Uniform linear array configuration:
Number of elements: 32
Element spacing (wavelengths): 0.75
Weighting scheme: blackman
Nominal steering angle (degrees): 0
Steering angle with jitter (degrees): -1.293
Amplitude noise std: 0.05
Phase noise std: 0.05

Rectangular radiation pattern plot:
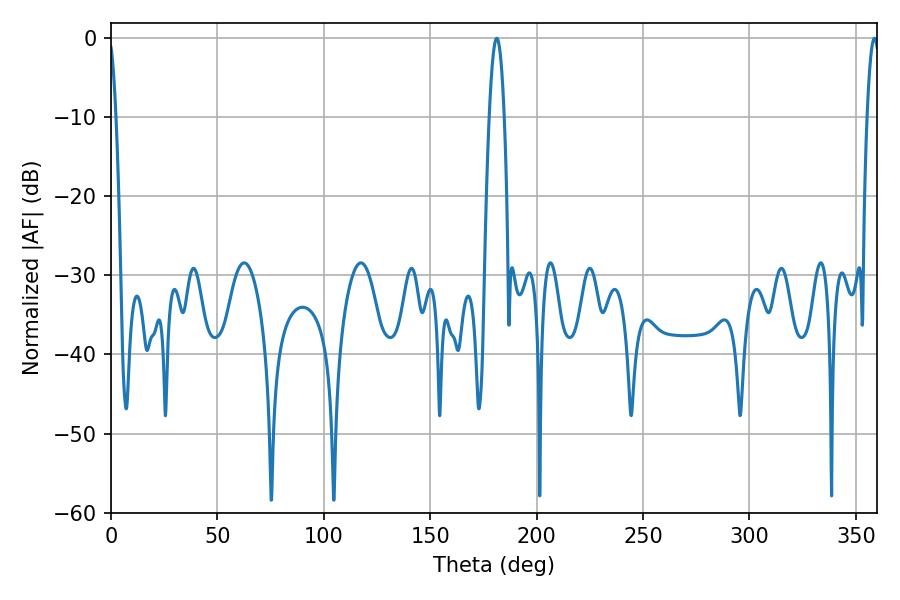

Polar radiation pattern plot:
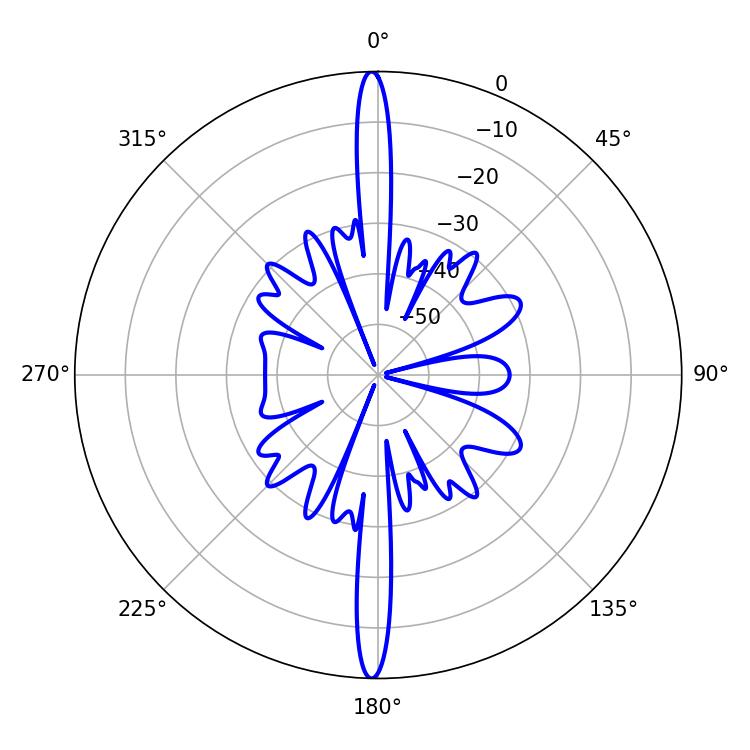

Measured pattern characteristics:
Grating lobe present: TRUE
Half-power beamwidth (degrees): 3.96
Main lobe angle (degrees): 181.26